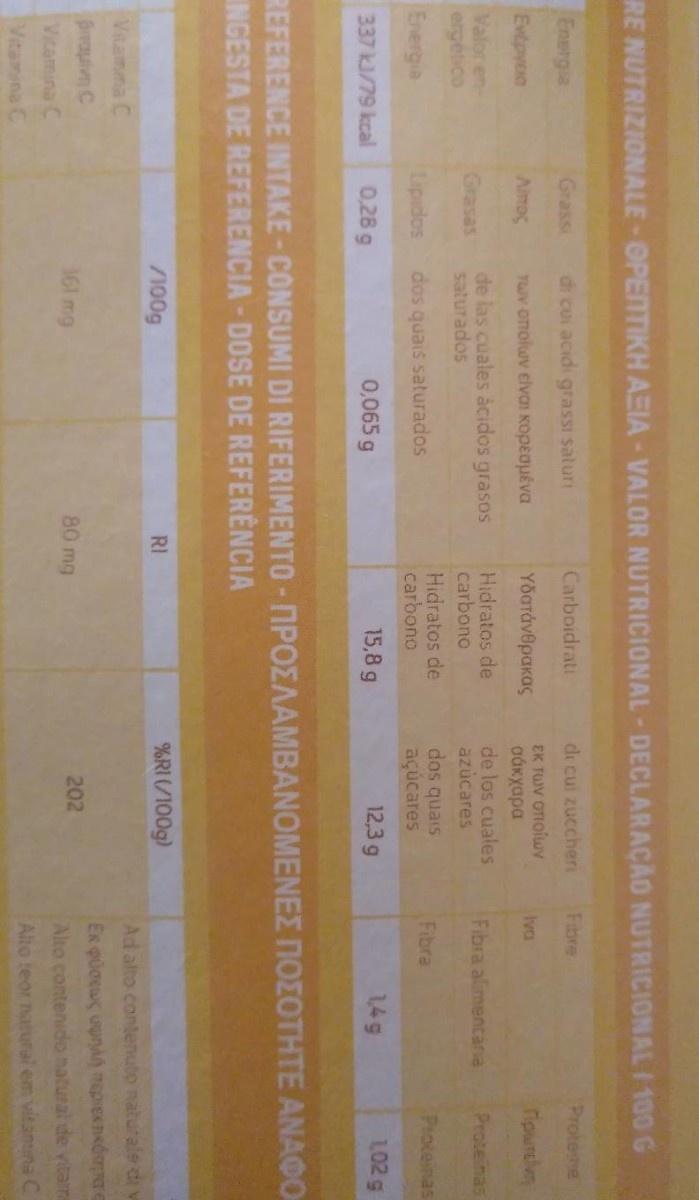
RE NUTRIZIONALE-OPENTIKH AEIA - VALOR NUTRICIONAL -DECLARAÇÃO NUTRICIONAL/100 G
Carboidrati
di cui zuccheri
Fibre
Proteme
Energia
Grass
di cui acidi grassi saturi
EK TUV OTIolwv oáxyapa de los cuales azúcares
Iva
ripurclvn
Evtpyoo
Aimog
TUY OTnoluv elvaI Kopeouéva
Υδατάνθρακας
Hidratos de carbono
Proteinas
de las cuales àcidos grasos saturados
Fibra alimentaria
Valor en- ergético
Grasas
Hidratos de carbono
dos quais açúcares
Fibra
Proteinas
Energia
Lipidos
dos quais saturados
15,8 g
12,3 g
1,49
1,02 g
337 kJ/79 kcal
0,28 g
0,065 g
REFERENCE INTAKE-CONSUMI DI RIFERIMENTO - NPOEAAMBANOMENEZ NOZOTHTE ANAO INGESTA DE REFERENCIA-DOSE DE REFERÈNCIA
100g
RI
%RI/100g)
Ad alto contenuto naturale di
Vitamma C
Preauivn C
161 mg
202
80 mg
Alto contenido natural de vitama
Vicamina C
Alto teor natural em vitanina C
Vitamina C